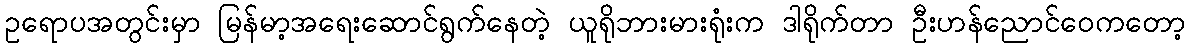
ဥရောပအတွင်းမှာ မြန်မာ့အရေးဆောင်ရွက်နေတဲ့ ယူရိုဘားမားရုံးက ဒါရိုက်တာ ဦးဟန်ညောင်ဝေကတော့